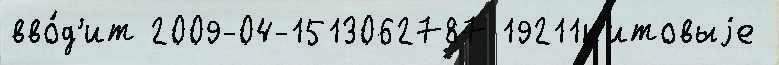
вво́д'ит 2009-04-1513062787 19211к'итовыjе